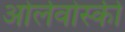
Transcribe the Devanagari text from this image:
ओर्लेवोस्की